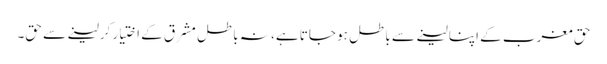
حق مغرب کے اپنا لینے سے باطل ہو جاتا ہے، نہ باطل مشرق کے اختیار کرلینے سے حق۔